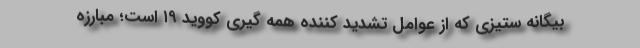
بیگانه ستیزی که از عوامل تشدید کننده همه گیری کووید ۱۹ است؛ مبارزه